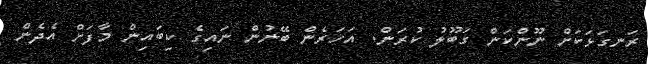
ރަނގަޅަކަށް ނޫންކަން ގަބޫލު ކުރަން. އަހަރެން ބޭނުން ނައިގެ ކިބައިން މާފަށް އެދެން